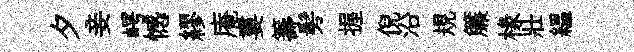
夕妾崿憾繆庵婁籌髣握倪沿規簾椽壯緼